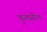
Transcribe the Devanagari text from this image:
कुलसौरभ